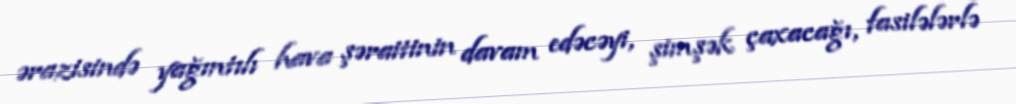
ərazisində yağıntılı hava şəraitinin davam edəcəyi, şimşək çaxacağı, fasilələrlə